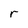
Character: r